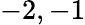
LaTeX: -2,-1